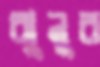
ঝুনুর